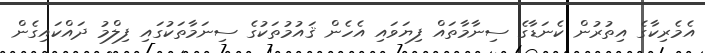
އެމެރިކާގެ އިތުރުން ކެނަޑާގެ ސިނާމާތައް ފިޔަވައި އެހެން ޤައުމުތަކުގެ ސިނަމާތަކުގައި ފިލްމު ދައްކައިގެން